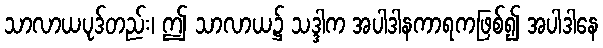
သာလာယပုဒ်တည်း၊ ဤ သာလာယ၌ သဒ္ဒါက အပါဒါနကာရကဖြစ်၍ အပါဒါနေ